Leucocytozoon canis - Number 26
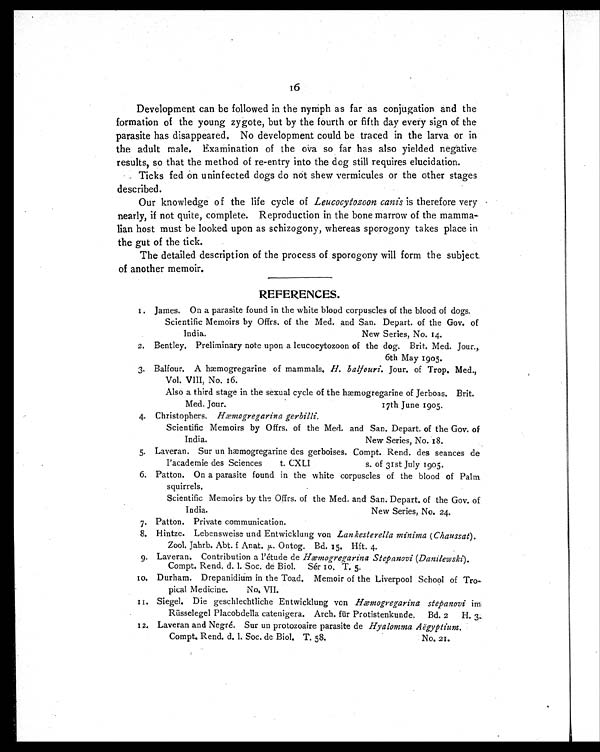
16
Development can be followed in the nymph as far as conjugation and the
formation of the young zygote, but by the fourth or fifth day every sign of the
parasite has disappeared. No development could be traced in the larva or in
the adult male. Examination of the ova so far has also yielded negative
results, so that the method of re-entry into the dog still requires elucidation.
Ticks fed on uninfected dogs do not shew vermicules or the other stages
described.
Our knowledge of the life cycle of Leucocytozoon canis is therefore very
nearly, if not quite, complete. Reproduction in the bone marrow of the mamma-
lian host must be looked upon as schizogony, whereas sporogony takes place in
the gut of the tick.
The detailed description of the process of sporogony will form the subject
of another memoir.
REFERENCES.
1. James. On a parasite found in the white blood corpuscles of the blood of dogs.
Scientific Memoirs by Offrs. of the Med. and San. Depart. of the Gov. of
India. New Series, No. 14.
2. Bentley. Preliminary note upon a leucocytozoon of the dog. Brit. Med. Jour.,
6th May 1905.
3. Balfour. A hæmogregarine of mammals. H. balfouri. Jour. of Trop. Med.,
Vol. VIII, No. 16.
Also a third stage in the sexual cycle of the hæmogregarine of Jerboas. Brit.
Med. Jour. 17th June 1905.
4. Christophers. Hæmogregarina gerbilli.
Scientific Memoirs by Offrs. of the Med. and San. Depart. of the Gov. of
India. New Series, No. 18.
5. Laveran. Sur un hæmogregarine des gerboises. Compt. Rend. des seances de
I'academie des Sciences t. CXLI s. of 31st July 1905.
6. Patton. On a parasite found in the white corpuscles of the blood of Palm
squirrels.
Scientific Memoirs by the Offrs. of the Med. and San. Depart. of the Gov. of
India. New Series, No. 24.
7. Patton. Private communication.
8. Hintze. Lebensweise and Entwicklung von Lankesterella minima ( Chaussat).
Zool. Jahrb. Abt. f Anat. µ. Ontog. Bd. 15. Hft. 4.
9. Laveran. Contribution a l'etude de Hæmogregarina Stepanovi (Danilewski).
Compt. Rend. d. 1. Soc. de Biol. Sér 10. T. 5.
10. Durham. Drepanidium in the Toad. Memoir of the Liverpool School of Tro-
pical Medicine. No. VII.
11. Siegel. Die geschlechtliche Entwicklung von Hæmogregarina stepanovi im
Rüsselegel Placobdella catenigera. Arch. für Protistenkunde. Bd. 2 H. 3.
12. Laveran and Negré. Sur un protozoaire parasite de Hyalomma Aëgyptium.
Compt. Rend. d. 1. Soc. de Biol. T. 58. No. 21.